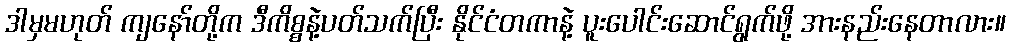
ဒါမှမဟုတ် ကျနော်တို့က ဒီကိစ္စနဲ့ပတ်သက်ပြီး နိုင်ငံတကာနဲ့ ပူးပေါင်းဆောင်ရွက်ဖို့ အားနည်းနေတာလား။